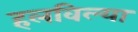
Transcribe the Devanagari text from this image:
हलविल्या